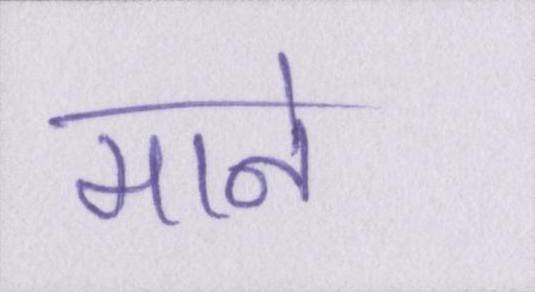
माने